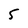
Character: 5